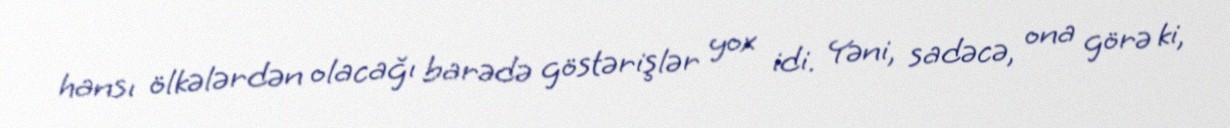
hansı ölkələrdən olacağı barədə göstərişlər yox idi. Yəni, sadəcə, ona görə ki,